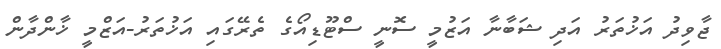
ޖާވިދު އަޚުތަރު އަދި ޝަބާނާ އަޒުމީ ސޮނީ ސްޓޫޑިއޯގެ ތެރޭގައި އަޚުތަރު-އަޒްމީ ޚާންދާން